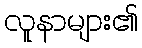
လူနာများ၏